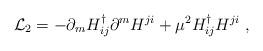
LaTeX: \begin{align*}{\cal L}_2 = - \partial_m H^{\dag}_{ij} \partial^m H^{ji} + \mu^2 H^{\dag}_{ij} H^{ji} \ ,\end{align*}